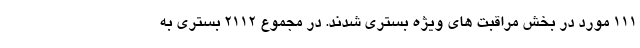
۱۱۱ مورد در بخش مراقبت های ویژه بستری شدند. در مجموع ۲۱۱۲ بستری به